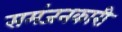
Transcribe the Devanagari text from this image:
समंजनकारी